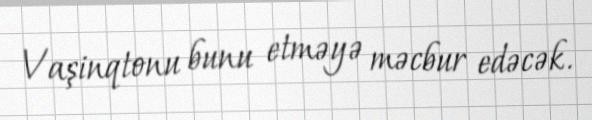
Vaşinqtonu bunu etməyə məcbur edəcək.